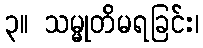
၃။ သမ္မုတိမရခြင်း၊